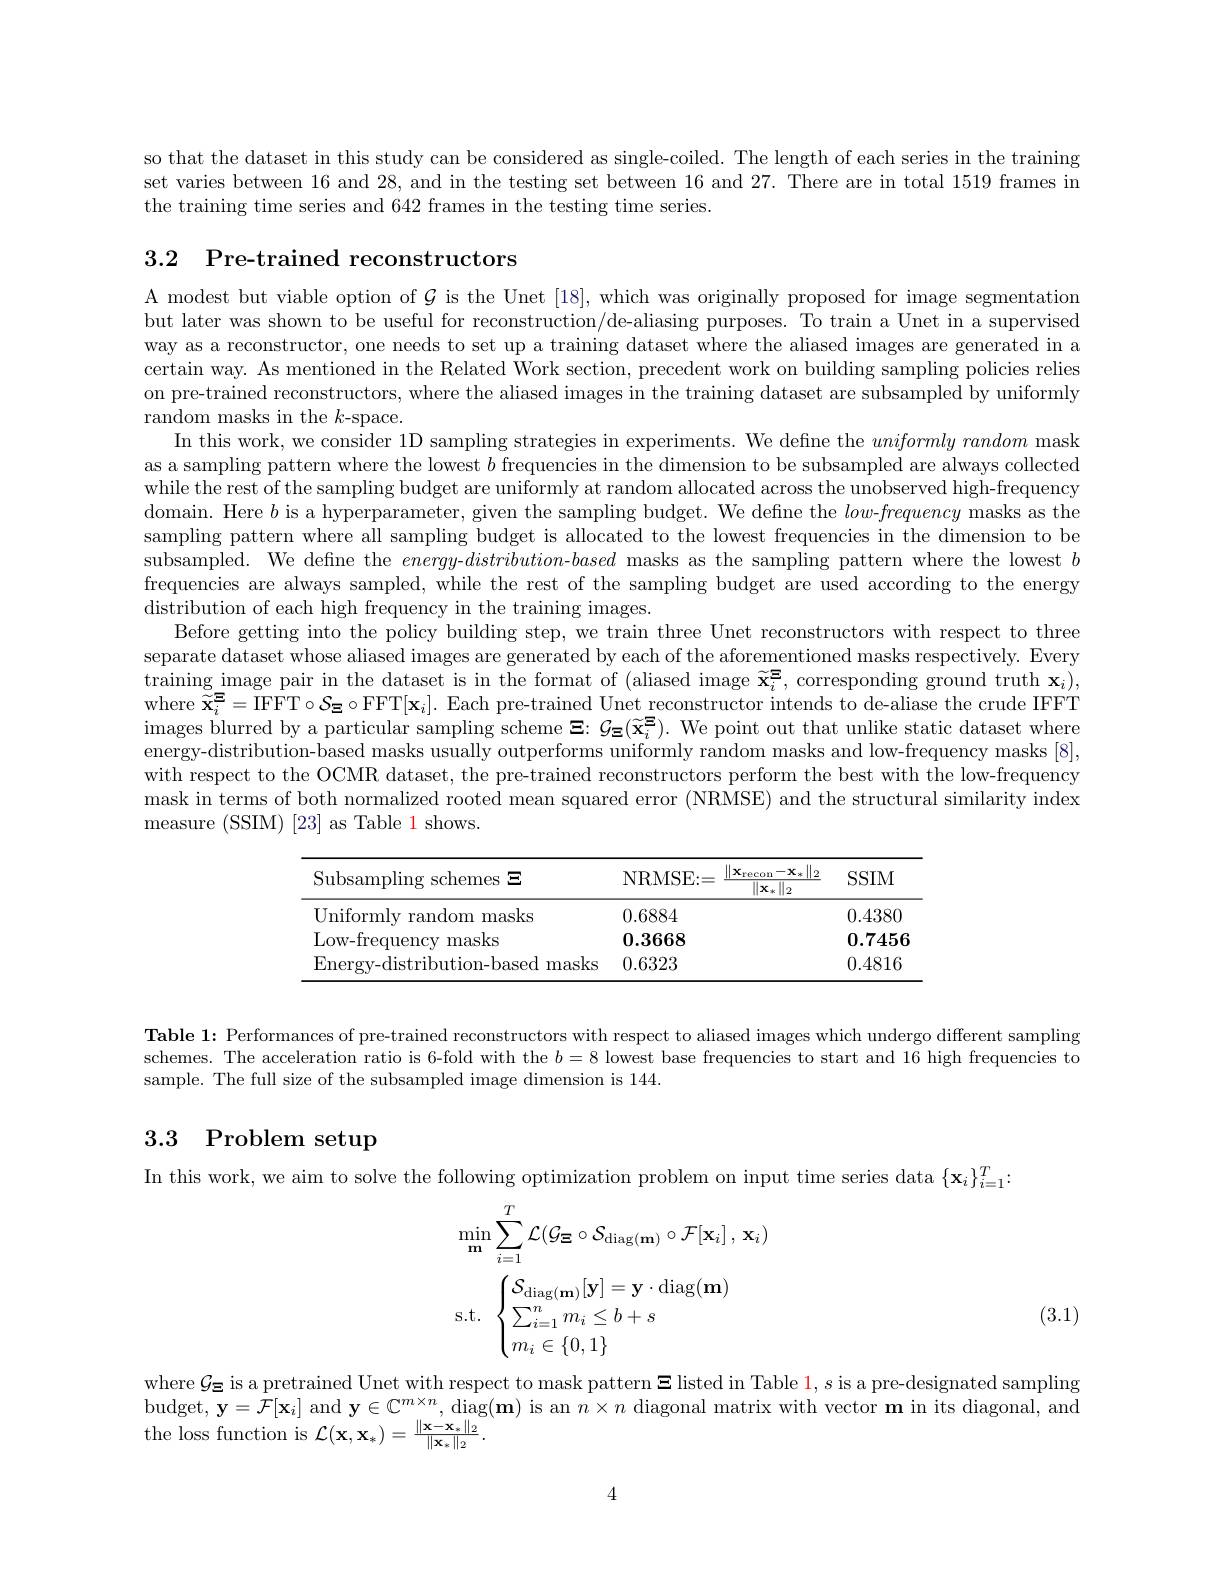
so that the dataset in this study can be considered as single-coiled. The length of each series in the training set varies between 16 and 28, and in the testing set between 16 and 27. There are in total 1519 frames in the training time series and 642 frames in the testing time series.

# 3.2 Pre-trained reconstructors

A modest but viable option of $\mathcal{G}$ is the Unet [18], which was originally proposed for image segmentation but later was shown to be useful for reconstruction/de-aliasing purposes. To train a Unet in a supervised way as a reconstructor, one needs to set up a training dataset where the aliased images are generated in a certain way. As mentioned in the Related Work section, precedent work on building sampling policies relies on pre-trained reconstructors, where the aliased images in the training dataset are subsampled by uniformly random masks in the $k$-space.
In this work, we consider 1D sampling strategies in experiments. We defne the $uniformly\textit{random mask}$ as a sampling pattern where the lowest $b$ frequencies in the dimension to be subsampled are always collected while the rest of the sampling budget are uniformly at random allocated across the unobserved high-frequency domain. Here $b$ is a hyperparameter, given the sampling budget. We define the $low-frequency$ masks as the sampling pattern where all sampling budget is allocated to the lowest frequencies in the dimension to be subsampled. We define the $energy-distribution$-based masks as the sampling pattern where the lowest $b$ frequencies are always sampled, while the rest of the sampling budget are used according to the energy distribution of each high frequency in the training images.
Before getting into the policy building step, we train three Unet reconstructors with respect to three separate dataset whose aliased images are generated by each of the aforementioned masks respectively. Every $\begin{aligned}\text{training image pair in the dataset is in the format of (aliased image }\widetilde{\mathbf{x}}_{i}^{\Xi},\mathrm{~corresponding~ground~truth~}\mathbf{x}_{i}),\end{aligned}$ where $\tilde{\mathbf{x}}_i^{\Xi}=\bar{\mathrm{IFFT}}\circ\mathcal{S}_{\Xi}\circ$FFT$[\mathbf{x}_i].$ Each pre-trained Unet reconstructor intends to de-aliase the crude IFFT images blurred by a particular sampling scheme $\boldsymbol{\Xi }: \mathcal{G} _{\Xi }( \widetilde{\mathbf{x} } _{i}^{\Xi }) .$ We point out that unlike static dataset where energy-distribution-based masks usually outperforms uniformly random masks and low-frequency masks [8], with respect to the OCMR dataset, the pre-trained reconstructors perform the best with the low-frequency mask in terms of both normalized rooted mean squared error (NRMSE) and the structural similarity index measure (SSIM) [23] as Table 1 shows.

<table>
	<tbody>
		<tr>
			<th rowspan="2">Subsampling schemes $\Xi$</th>
			<th>NRMSE: = </th>
			<th>$\underline{\Vert_{2}}$ $\|\mathbf{x}_{\mathrm{recon}}-\mathbf{x}_{*}$ $\overline{\|\mathbf{x}_*\|_2}$</th>
			<th>$SSIM$</th>
		</tr>
		<tr>
			<th>NRMSE: = </th>
			<th>LL $\overline{\|\mathbf{x}_*\|_2}$</th>
			<th>DSINL</th>
		</tr>
		<tr>
			<td>Uniformly random masks</td>
			<td>0.6884</td>
			<td> </td>
			<td>0.4380</td>
		</tr>
		<tr>
			<td>Low-frequency r masks</td>
			<td>0.3668</td>
			<td> </td>
			<td>0.7456</td>
		</tr>
		<tr>
			<td>Energy-distribution-based masks</td>
			<td>0.6323</td>
			<td> </td>
			<td>0.4816</td>
		</tr>
	</tbody>
</table>

Table 1: Performances of pre-trained reconstructors with respect to aliased images which undergo different sampling schemes. The acceleration ratio is 6-fold with the $b=8$ lowest base frequencies to start and 16 high frequencies to sample. The full size of the subsampled image dimension is 144.

# 3.3 Problem setup

In this work, we aim to solve the following optimization problem on input time series data $\{\mathbf{x}_{i}\}_{i=1}^{T}.$
$$\begin{aligned}&\operatorname*{min}_{\mathbf{m}}\sum_{i=1}^{T}\mathcal{L}(\mathcal{G}_{\mathbf{\Xi}}\circ\mathcal{S}_{\mathrm{diag}(\mathbf{m})}\circ\mathcal{F}[\mathbf{x}_{i}]\:,\:\mathbf{x}_{i})\\&\mathrm{s.t.}\quad\begin{cases}\mathcal{S}_{\mathrm{diag}(\mathbf{m})}[\mathbf{y}]=\mathbf{y}\cdot\mathrm{diag}(\mathbf{m})\\\sum_{i=1}^{n}m_{i}\leq b+s\\m_{i}\in\{0,1\}\end{cases}\end{aligned}$$
(3.1)

where $\mathcal{G}_\Xi$ is a pretrained Unet with respect to mask pattern $\Xi$ listed in Table $1,s$ is a pre-designated sampling budget, $\mathbf{y}=\mathcal{F}[\mathbf{x}_i]$ and $\mathbf{y}\in\mathbb{C}^m\times n$, diag$(\mathbf{m})$ is an $n\times n$ diagonal matrix with vector m in its diagonal, and the loss function is $\mathcal{L}(\mathbf{x},\mathbf{x}_*)=\frac{\|\mathbf{x}-\mathbf{x}_*\|_2}{\|\mathbf{x}_*\|_2}.$

4